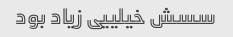
سسش خیلییی زیاد بود